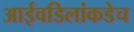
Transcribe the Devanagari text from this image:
आईवडिलांकडेच